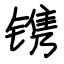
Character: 镌